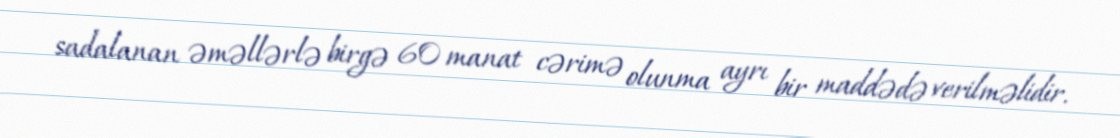
sadalanan əməllərlə birgə 60 manat cərimə olunma ayrı bir maddədə verilməlidir.